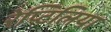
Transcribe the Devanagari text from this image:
रेप्टिलिया